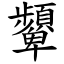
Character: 顰